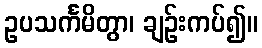
ဥပသင်္ကမိတွာ၊ ချဉ်းကပ်၍။